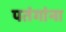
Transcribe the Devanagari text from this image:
पतंगांना